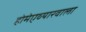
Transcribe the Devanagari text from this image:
होमेएव्‍यारवाला